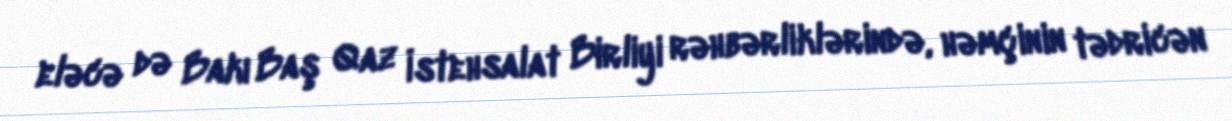
eləcə də Bakı Baş Qaz İstehsalat Birliyi rəhbərliklərində, həmçinin tədricən